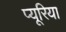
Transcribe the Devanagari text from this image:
प्यूरिया